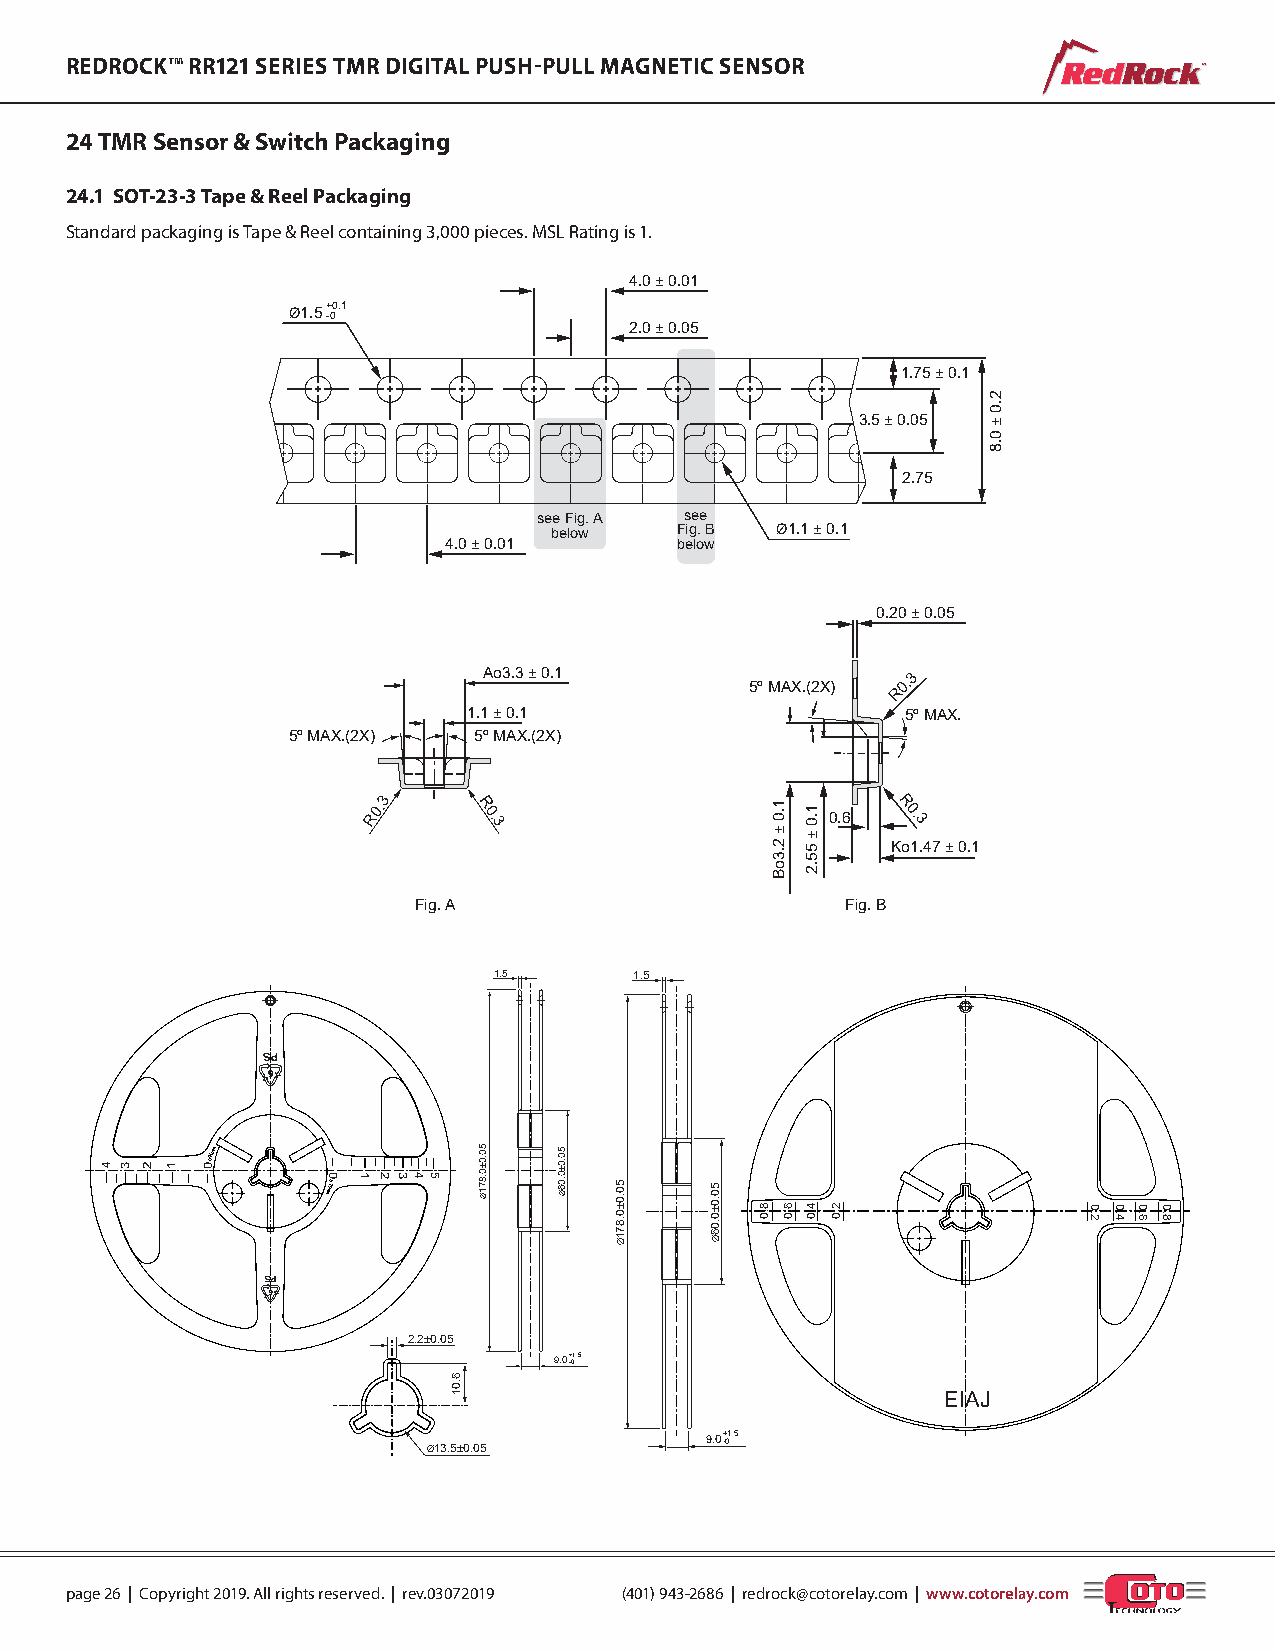
REDROCK™ RR121 SERIES TMR DIGITAL PUSH-PULL MAGNETIC SENSOR                ™
 24 TMR Sensor & Switch Packaging
 24.1 SOT-23-3 Tape & Reel Packaging
 Standard packaging is Tape & Reel containing 3,000 pieces. MSL Rating is 1.
 4.0 ± 0.01
 Ø1.5+ -00.1
 2.0 ± 0.05
 1.75 ± 0.1
 3.5 ± 0.05
 2.75
 see Fig. A see
 below    Fig. B Ø1.1 ± 0.1
 4.0 ± 0.01      below
 0.20 ± 0.05
 Ao3.3 ± 0.1
 5º MAX.(2X)
 R0.3
 1.1 ± 0.1                    5º MAX.
 5º MAX.(2X) 5º MAX.(2X)
 3 R0. R 0. 3                  0.6 R 0. 3
 Ko1.47 ± 0.1
 Fig. A                       Fig. B
 1.5      1.5
 0.95mm
 mm57.0
 2.2±0.05
 9.0+ -01.5
 EIAJ
 Ø13.5±0.05
 9.0+ -01.5
 page 26 | Copyright 2019. All rights reserved. | rev.03072019 (401) 943-2686 | redrock@cotorelay.com | www.cotorelay.com
 4 3 2 1 0
 0 1 2 3 4 5
 6.01
 50.0±0.871Ø 50.0±0.06Ø
 50.0±0.871Ø 50.0±0.06Ø
 8.0
 1.0 ±
 2.3oB
 6.0
 1.0 ±
 55.2
 4.0 2.0
 2.0
 ±
 0.8
 0.2 0.4 0.6 0.8